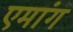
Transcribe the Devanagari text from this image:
एमांग